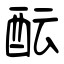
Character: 酝